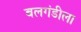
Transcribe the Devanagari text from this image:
बलगंडीला